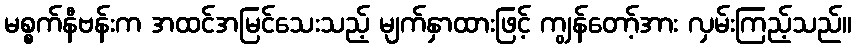
မစ္စက်နီဗန်းက အထင်အမြင်သေးသည့် မျက်နှာထားဖြင့် ကျွန်တော့်အား လှမ်းကြည့်သည်။